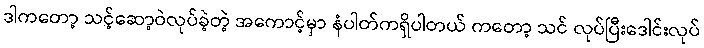
ဒါကတော့ သင့်ဆော့ဝဲလုပ်ခဲ့တဲ့ အကောင့်မှာ နံပါတ်ကရှိပါတယ် ကတော့ သင် လုပ်ပြီးဒေါင်းလုပ်